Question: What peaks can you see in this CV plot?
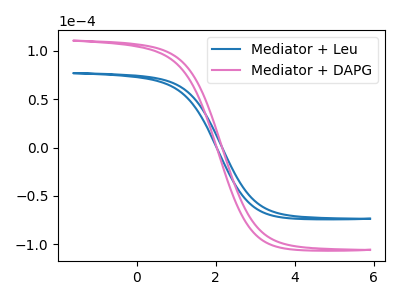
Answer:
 <answer>The blue curve "Mediator + Leu" has no peaks. The pink curve "Mediator + DAPG" has no peaks.</answer>
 <eval></eval>